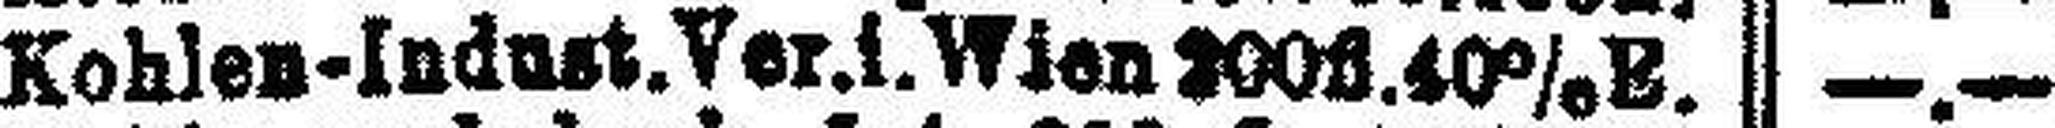
Kohlen-Indust. Ver. i. Wien 200fl.40% E.